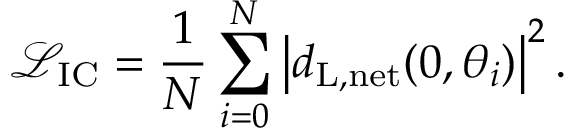
\mathcal { L } _ { \mathrm { I C } } = \frac { 1 } { N } \sum _ { i = 0 } ^ { N } \left| d _ { \mathrm { L , n e t } } ( 0 , \theta _ { i } ) \right| ^ { 2 } .